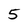
Character: 5